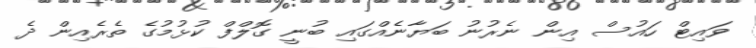
ވައިޓް ހައުސް އިން ނެރުނު ބަޔާނެއްގައި ބުނީ ގޮލްފް ކުޅުމުގެ ތެރެއިން ދެ